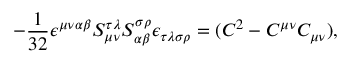
- \frac 1 { 3 2 } \epsilon ^ { \mu \nu \alpha \beta } { } S _ { \mu \nu } ^ { \tau \lambda } { } S _ { \alpha \beta } ^ { \sigma \rho } { } \epsilon _ { \tau \lambda \sigma \rho } = ( C ^ { 2 } - C ^ { \mu \nu } C _ { \mu \nu } ) ,